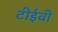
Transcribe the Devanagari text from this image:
टीईवी